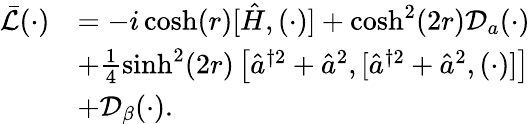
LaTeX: \begin{array}{rl}{\bar{\mathcal L}(\cdot)}&{=-i\cosh(r)[\hat{H},(\cdot)]+\cosh^{2}(2r)\mathcal D_{a}(\cdot)}\\ &{+\frac{1}{4}\sinh^{2}(2r)\left[\hat{a}^{\dagger 2}+\hat{a}^{2},[\hat{a}^{\dagger 2}+\hat{a}^{2},(\cdot)]\right]}\\ &{+\mathcal D_{\beta}(\cdot).}\end{array}